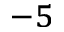
^ { - 5 }